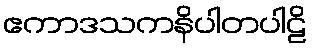
ဧကာဒသကနိပါတပါဠိ